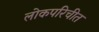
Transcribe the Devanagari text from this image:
लोकपरिचीत